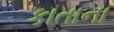
કાતાના